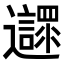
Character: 𨙎